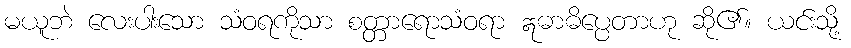
မယူဘဲ လေးပါးသော သံဝရကိုသာ စတ္တာရောသံဝရာ ဣဓာဓိပ္ပေတာဟု ဆို၏။ ယင်းသို့